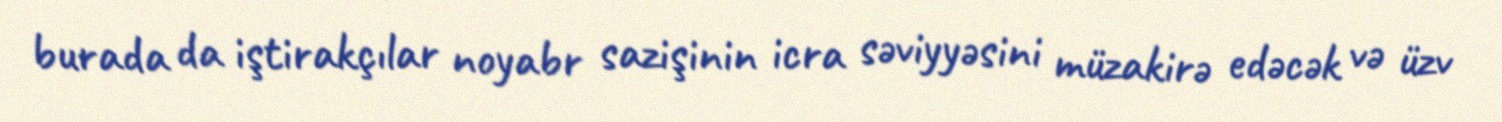
burada da iştirakçılar noyabr sazişinin icra səviyyəsini müzakirə edəcək və üzv